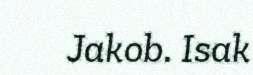
Jakob. Isak